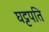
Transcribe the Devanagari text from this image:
घट्टपति